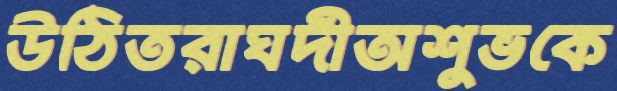
উঠিতরাঘদীঅশুভকে